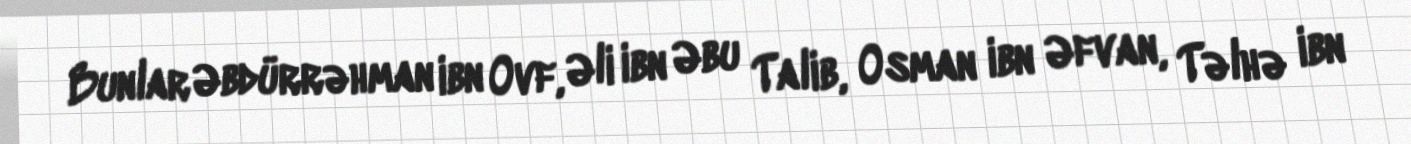
Bunlar Əbdürrəhman ibn Ovf, Əli ibn Əbu Talib, Osman ibn Əfvan, Təlhə ibn